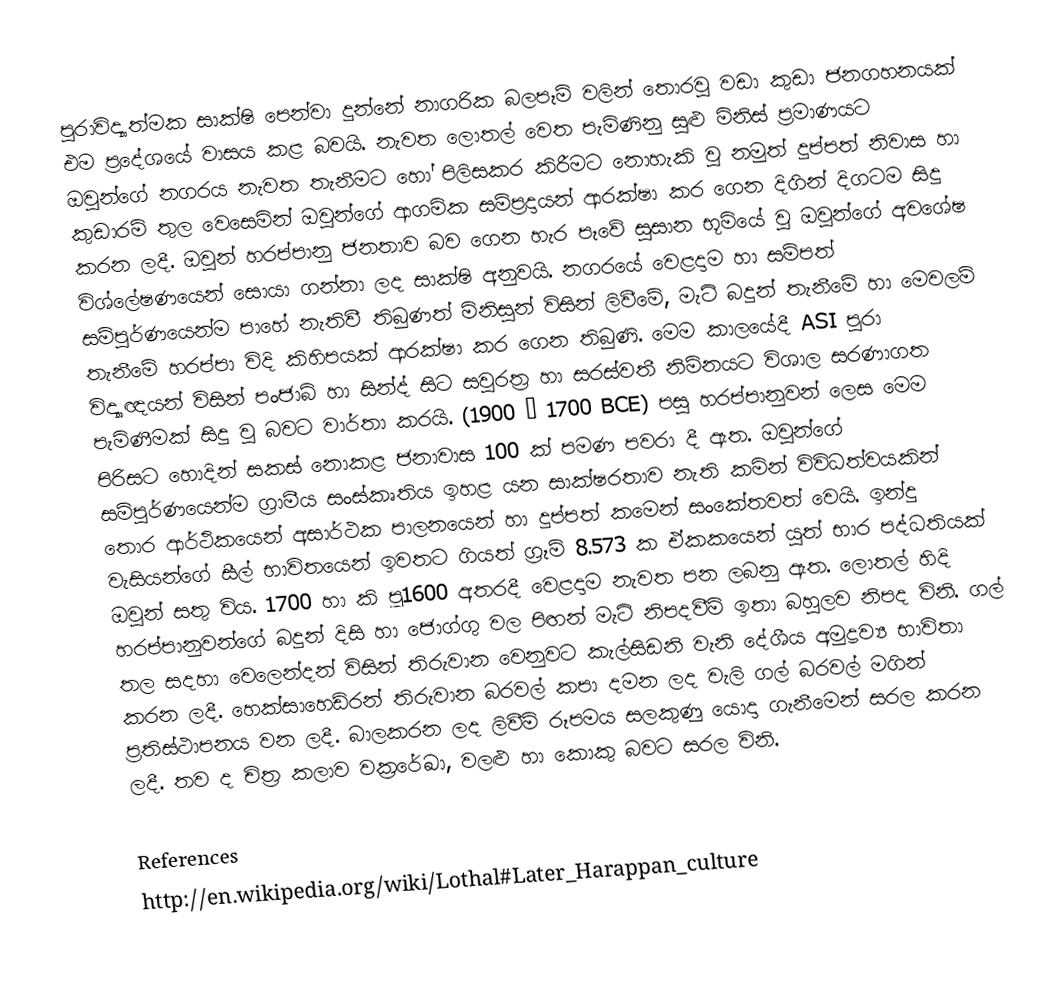
පුරාවිද්‍යාත්මක සාක්ෂි පෙන්වා දුන්නේ නාගරික බලපෑම් වලින් තොරවු වඩා කුඩා ජනගහනයක් එම ප්‍රදේශයේ වාසය කළ බවයි. නැවත ලොතල් වෙත පැමිණිනු 	සුළු මිනිස් ප්‍රමාණයට ඔවුන්ගේ නගරය නැවත තැනීමට හෝ පිලිසකර කිරීමට නොහැකි වු නමුත් දුප්පත් නිවාස හා කුඩාරම් තුල වෙසෙමින් ඔවුන්ගේ ආගමික සම්ප්‍රදායන් ආරක්ෂා කර ගෙන දිගින් දිගටම සිදු කරන ලදී. ඔවුන් හරප්පානු ජනතාව බව ගෙන හැර පෑවේ සුසාන භූමියේ වු ඔවුන්ගේ අවශේෂ විශ්ලේෂණයෙන් සොයා ගන්නා ලද සාක්ෂි අනුවයි. නගරයේ වෙළදාම හා සම්පත් සම්පුර්ණයෙන්ම පාහේ නැතිවී තිබුණත් මිනිසුන් විසින් ලිවී‍මේ, මැටි බදුන් තැනීමේ හා මෙවලම් තැනීමේ හරප්පා විදි කිහිපයක් ආරක්ෂා කර ගෙන තිබුණි. මෙම කාලයේදී ASI පුරා විද්‍යාඥයන් විසින් පංජාබ් හා සින්ද් සිට සවුරත්‍ර හා සරස්වතී නිම්නයට විශාල සරණාගත පැමිණීමක් සිදු වු බවට වාර්තා කරයි. (1900 – 1700 BCE) පසු හරප්පානුවන් ලෙස මෙම පිරිසට හොදින් සකස් නොකළ ජනාවාස 100 ක් පමණ පවරා දී ඇත. ඔවුන්ගේ සම්පුර්ණයෙන්ම ග්‍රාමීය සංස්කෘතිය ඉහළ යන සාක්ෂරතාව නැති කමින් විවිධත්වයකින් තොර ආර්ථිකයෙන් අසාර්ථක පාලනයෙන් හා දුප්පත් කමෙන් සංකේතවත් වෙයි. ඉන්දු වැසියන්ගේ සීල් භාවිතයෙන් ඉවතට ගියත් ග්‍රෑම් 8.573 ක ඒකකයෙන් යුත් භාර පද්ධතියක් ඔවුන් සතු විය. 1700 හා කි පූ1600 අතරදී වෙළදාම නැවත පන ලබනු ඇත. ලොතල් හිදි හරප්පානුවන්ගේ බදුන් දිසි හා ජොග්ගු වල පිඟන් මැටි නිපදවීම් ඉතා බහුලව නිපද විනි. ගල් තල සදහා වෙලෙන්දන් විසින් තිරුවාන වෙනුවට කැල්සිඩනි වැනි දේශීය අමුද්‍රව්‍ය භාවිතා කරන ලදී. හෙක්සාහෙඩ්රන් තිරුවාන බරවල් කපා දමන ලද වැලි ගල් බරවල් මගින් ප්‍රතිස්ථාපනය වන ලදී. බාලකරන ලද ලිවීම් රූපමය සලකුණු යොදා ගැනීමෙන් සරල කරන ලදී. තව ද චිත්‍ර කලාව වක්‍රරේඛා, වලළු හා කොකු බවට සරල විනි.

References
http://en.wikipedia.org/wiki/Lothal#Later_Harappan_culture